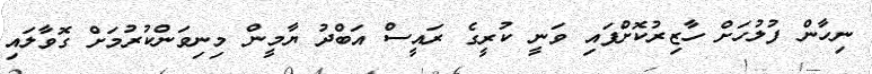
ނިހާން ފުލުހަށް ހާޒިރުކޮށްފައި ވަނީ ކުރީގެ ރައީސް އަބްދު ޔާމީން މިނިވަންކުރުމަށް ގޮވާލައި